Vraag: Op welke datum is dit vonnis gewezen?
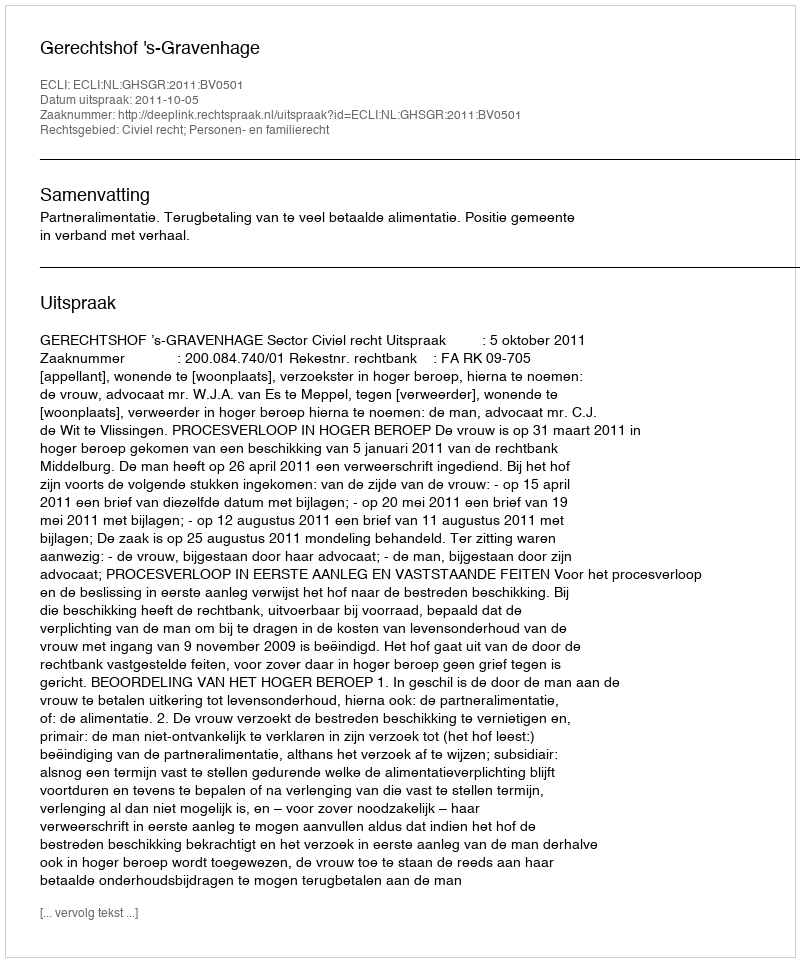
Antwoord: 2011-10-05